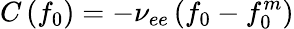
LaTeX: C\left({{f_{0}}}\right)=-{\nu_{ee}}\left({{f_{0}}-f_{0}^{m}}\right)